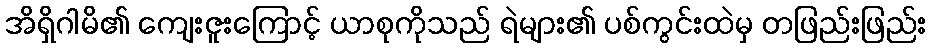
အိရှိဂါမိ၏ ကျေးဇူးကြောင့် ယာစုကိုသည် ရဲများ၏ ပစ်ကွင်းထဲမှ တဖြည်းဖြည်း